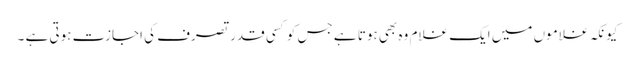
کیونکہ غلاموں میں ایک غلام وہ بھی ہوتا ہے جس کو کسی قدر تصرف کی اجازت ہوتی ہے ۔